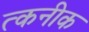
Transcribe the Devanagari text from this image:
त्कनीक